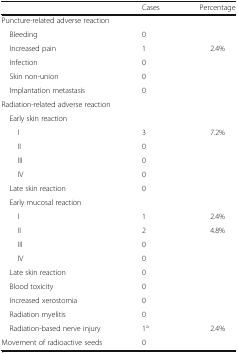
<table><thead><tr><td></td><td><b>Cases</b></td><td><b>Percentage</b></td></tr></thead><tbody><tr><td colspan="3">Puncture-related adverse reaction</td></tr><tr><td> Bleeding</td><td>0</td><td></td></tr><tr><td> Increased pain</td><td>1</td><td>2.4%</td></tr><tr><td> Infection</td><td>0</td><td></td></tr><tr><td> Skin non-union</td><td>0</td><td></td></tr><tr><td> Implantation metastasis</td><td>0</td><td></td></tr><tr><td colspan="3">Radiation-related adverse reaction</td></tr><tr><td> Early skin reaction</td><td></td><td></td></tr><tr><td>I</td><td>3</td><td>7.2%</td></tr><tr><td>II</td><td>0</td><td></td></tr><tr><td>III</td><td>0</td><td></td></tr><tr><td>IV</td><td>0</td><td></td></tr><tr><td> Late skin reaction</td><td>0</td><td></td></tr><tr><td> Early mucosal reaction</td><td></td><td></td></tr><tr><td>I</td><td>1</td><td>2.4%</td></tr><tr><td>II</td><td>2</td><td>4.8%</td></tr><tr><td>III</td><td>0</td><td></td></tr><tr><td>IV</td><td>0</td><td></td></tr><tr><td> Late skin reaction</td><td>0</td><td></td></tr><tr><td> Blood toxicity</td><td>0</td><td></td></tr><tr><td> Increased xerostomia</td><td>0</td><td></td></tr><tr><td> Radiation myelitis</td><td>0</td><td></td></tr><tr><td> Radiation-based nerve injury</td><td>1<sup>a</sup></td><td>2.4%</td></tr><tr><td>Movement of radioactive seeds</td><td>0</td><td></td></tr></tbody></table>